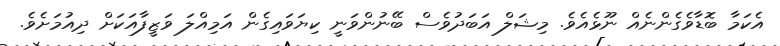
އެކަމާ ބޮޑާވެގެންނެއް ނޫޅެއެވެ. މިޝަލް އަބަދުވެސް ބޭނުންވަނީ ކިޔަވައިގެން އަމިއްލަ ވަޒީފާއަކަށް ދިއުމަށެވެ.